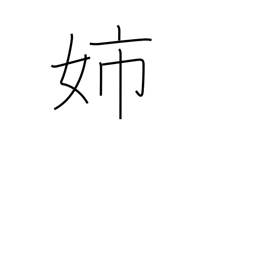
Meaning: elder sister